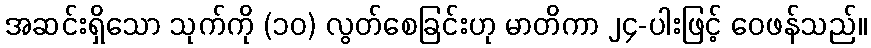
အဆင်းရှိသော သုက်ကို (၁၀) လွတ်စေခြင်းဟု မာတိကာ ၂၄-ပါးဖြင့် ဝေဖန်သည်။